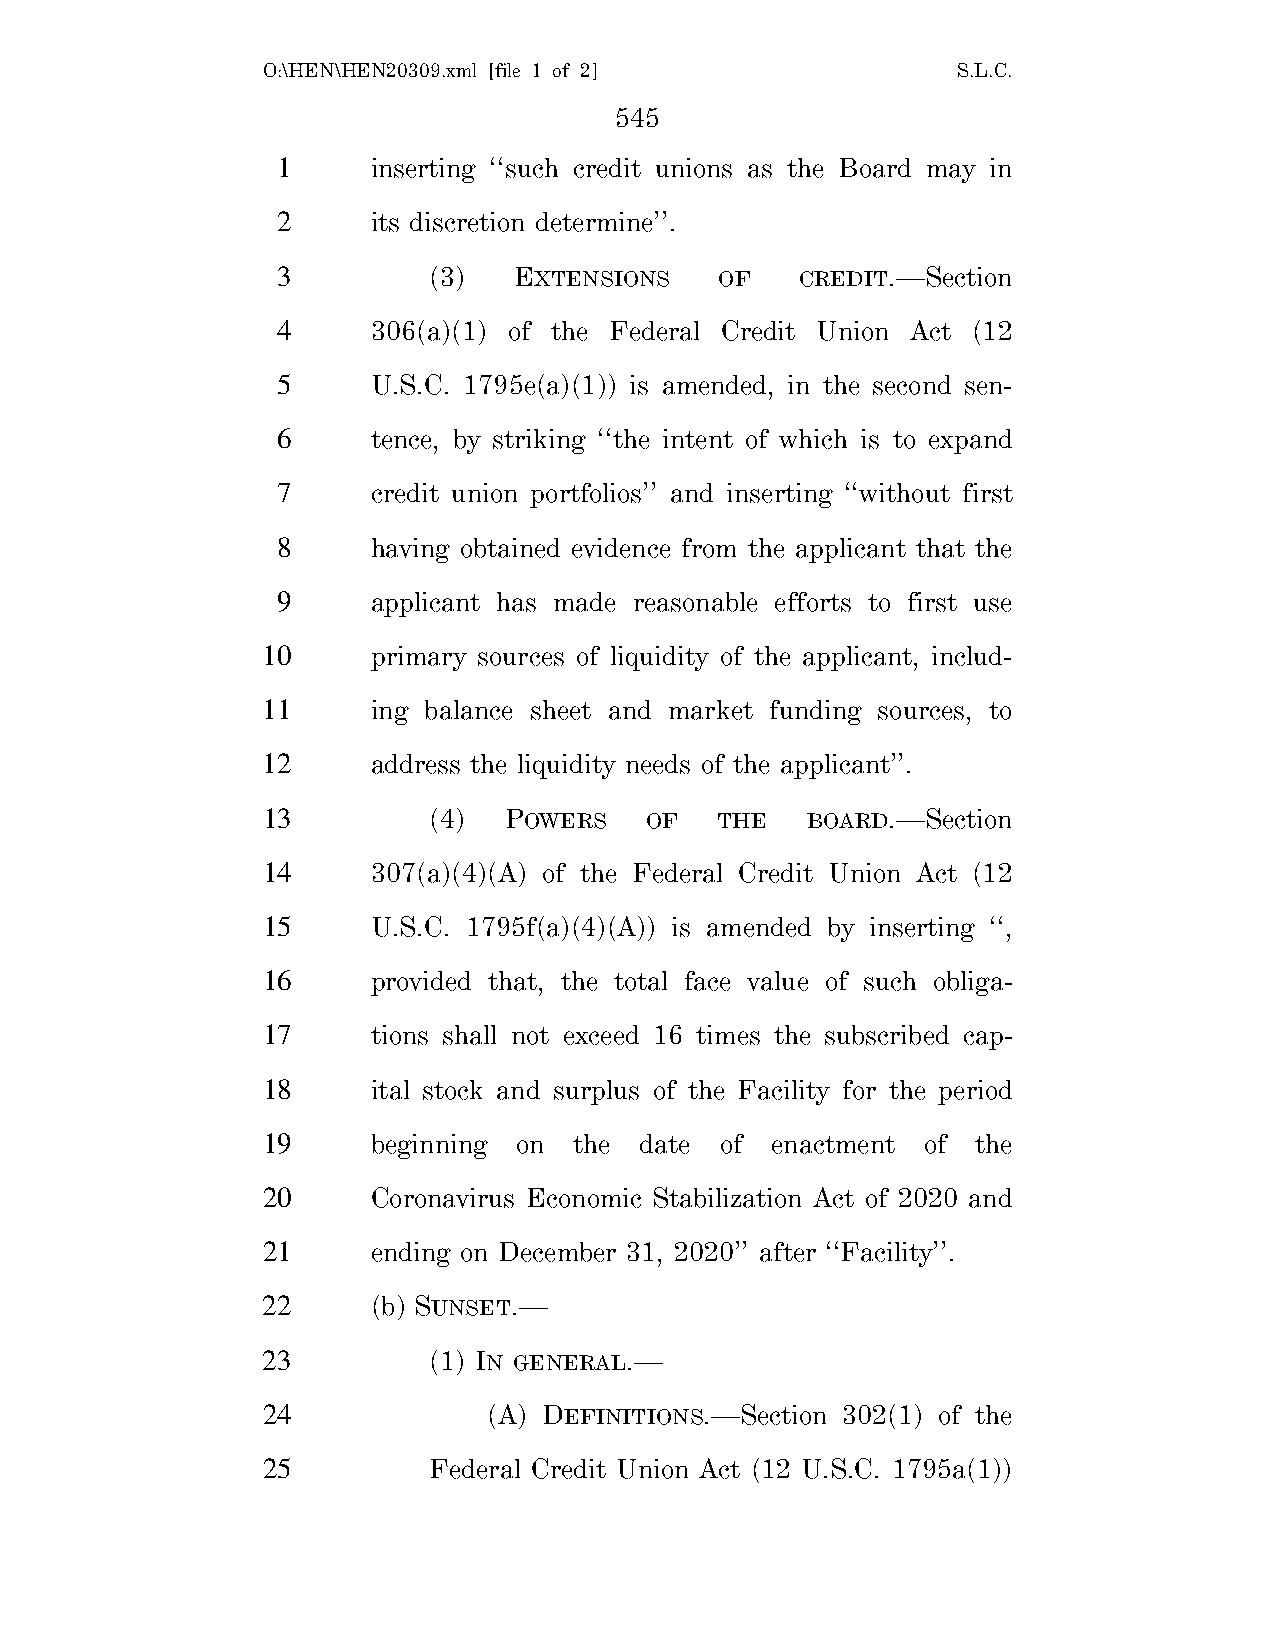
O:\HEN\HEN20309.xml [file 1 of 2]             S.L.C.
 545
 1      inserting ‘‘such credit unions as the Board may in
 2      its discretion determine’’.
 3         (3)   EXTENSIONS    OF   CREDIT.—Section
 4      306(a)(1) of the Federal Credit Union Act (12
 5      U.S.C. 1795e(a)(1)) is amended, in the second sen-
 6      tence, by striking ‘‘the intent of which is to expand
 7      credit union portfolios’’ and inserting ‘‘without first
 8      having obtained evidence from the applicant that the
 9      applicant has made reasonable efforts to first use
 10      primary sources of liquidity of the applicant, includ-
 11      ing balance sheet and market funding sources, to
 12      address the liquidity needs of the applicant’’.
 13         (4)  POWERS    OF  THE   BOARD.—Section
 14      307(a)(4)(A) of the Federal Credit Union Act (12
 15      U.S.C. 1795f(a)(4)(A)) is amended by inserting ‘‘,
 16      provided that, the total face value of such obliga-
 17      tions shall not exceed 16 times the subscribed cap-
 18      ital stock and surplus of the Facility for the period
 19      beginning on the date  of enactment of  the
 20      Coronavirus Economic Stabilization Act of 2020 and
 21      ending on December 31, 2020’’ after ‘‘Facility’’.
 22      (b) SUNSET.—
 23         (1) IN GENERAL.—
 24             (A) DEFINITIONS.—Section 302(1) of the
 25         Federal Credit Union Act (12 U.S.C. 1795a(1))